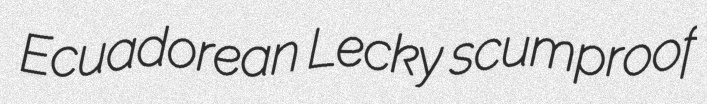
Ecuadorean Lecky scumproof